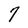
Character: 7